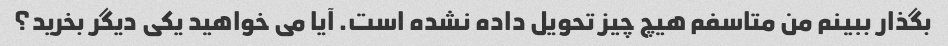
بگذار ببینم من متاسفم هیچ چیز تحویل داده نشده است. آیا می خواهید یکی دیگر بخرید؟